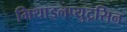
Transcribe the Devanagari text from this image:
मिथाइलप्युट्रसिन